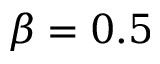
\beta = 0 . 5